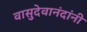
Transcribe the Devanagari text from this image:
वासुदेवानंदांनी